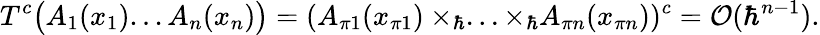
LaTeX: T^{c}\bigl(A_{1}(x_{1})...A_{n}(x_{n})\bigr)=(A_{\pi 1}(x_{\pi 1})\times_{\hbar}...\times_{\hbar}A_{\pi n}(x_{\pi n}))^{c}={\cal O}(\hbar^{n-1}).